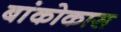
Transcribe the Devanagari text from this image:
बांकोकास